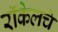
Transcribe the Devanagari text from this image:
रॉकेलचे